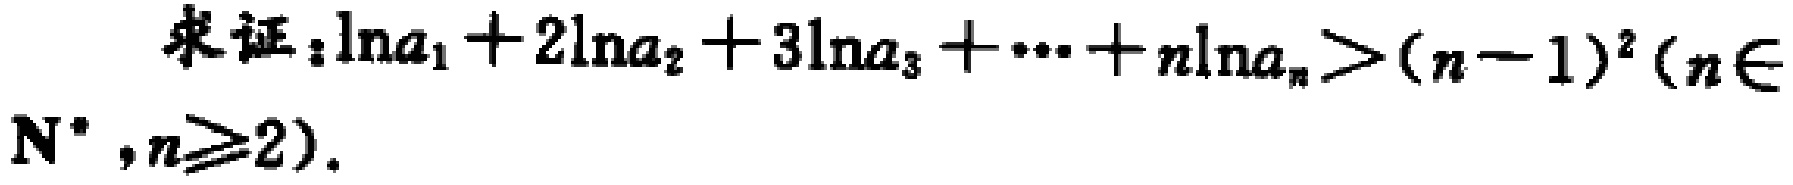
求证：\(\ln a_{1}+2\ln a_{2}+3\ln a_{3}+\cdots +n\ln a_{n}>(n - 1)^{2}(n\in \mathbf{N}^{*},n\geqslant2)\)